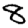
Digit: 8